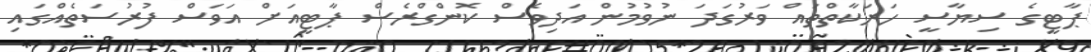
ޕާޓީގެ ސިޔާސީ ހަރަކާތްތައް ވަރުގަދަ ނުވުމުން އަދިވެސް ކޮންގްރެސް ޕާޓީއަށް އަވަސް ފުރުސަތެއްގައި